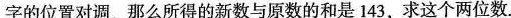
字的位置对调，那么所得的新数与原数的和是143，求这个两位数.